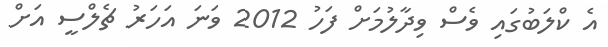
އެ ކްލަބުގައި ވެސް ވިދާލުމަށް ފަހު 2012 ވަނަ އަހަރު ޗެލްސީ އަށް